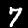
Digit: 7